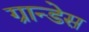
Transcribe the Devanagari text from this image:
ग्रान्डेस